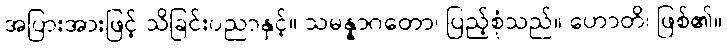
အပြားအားဖြင့် သိခြင်းပညာနှင့်။ သမန္နာဂတော၊ ပြည့်စုံသည်။ ဟောတိ၊ ဖြစ်၏။